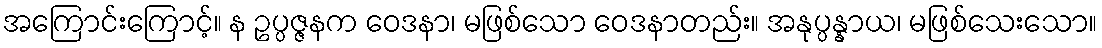
အကြောင်းကြောင့်။ န ဥပ္ပဇ္ဇနက ဝေဒနာ၊ မဖြစ်သော ဝေဒနာတည်း။ အနုပ္ပန္နာယ၊ မဖြစ်သေးသော။